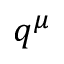
q ^ { \mu }